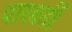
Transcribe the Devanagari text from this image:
पारवर्ती